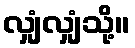
လျှံလျှံသို့။